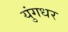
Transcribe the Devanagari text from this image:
युंगधर